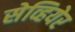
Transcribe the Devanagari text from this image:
सेव्हियेर